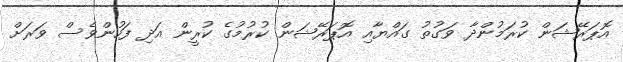
އޮޕަރޭޝަން ކުރަމުންދާ ވަގުތު ގައްޔާއި އޮޕަރޭޝަން ކުރުމުގެ ކުރީން އަދި ފަހުންވެސް ވަރަށް